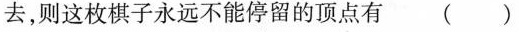
去，则这枚棋子永远不能停留的顶点有 (